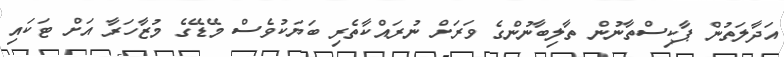
އަދާލަތުން ޕާކިސްތާނުން ތާލިބާނުންގެ ވަރަށް ނުރައްކާތެރި ބަޔަކުވެސް މޭޑޭގެ މުޒާހަރާ އަށް ޓަކައި